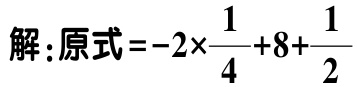
解：原式\(=-2\times\frac{1}{4}+8+\frac{1}{2}\)